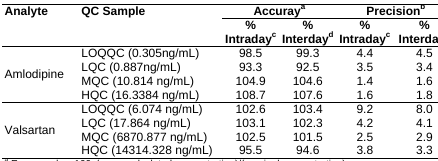
<table><thead><tr><td rowspan="2"><b>Analyte</b></td><td rowspan="2"><b>QC Sample</b></td><td colspan="2"><b>Accuray<sup>a</sup></b></td><td colspan="2"><b>Precision<sup>b</sup></b></td></tr><tr><td><b>% Intraday<sup>c</sup></b></td><td><b>% Interday<sup>d</sup></b></td><td><b>% Intraday<sup>c</sup></b></td><td><b>% Interday<sup>d</sup></b></td></tr></thead><tbody><tr><td rowspan="4">Amlodipine</td><td>LOQQC (0.305ng/mL)</td><td>98.5</td><td>99.3</td><td>4.4</td><td>4.5</td></tr><tr><td>LQC (0.887ng/mL)</td><td>93.3</td><td>92.5</td><td>3.5</td><td>3.4</td></tr><tr><td>MQC (10.814 ng/mL)</td><td>104.9</td><td>104.6</td><td>1.4</td><td>1.6</td></tr><tr><td>HQC (16.3384 ng/mL)</td><td>108.7</td><td>107.6</td><td>1.6</td><td>1.8</td></tr><tr><td rowspan="4">Valsartan</td><td>LOQQC (6.074 ng/mL)</td><td>102.6</td><td>103.4</td><td>9.2</td><td>8.0</td></tr><tr><td>LQC (17.864 ng/mL)</td><td>103.1</td><td>102.3</td><td>4.2</td><td>4.1</td></tr><tr><td>MQC (6870.877 ng/mL)</td><td>102.5</td><td>101.5</td><td>2.5</td><td>2.9</td></tr><tr><td>HQC (14314.328 ng/mL)</td><td>95.5</td><td>94.6</td><td>3.8</td><td>3.3</td></tr></tbody></table>